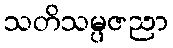
သတိသမ္ပဇညာ